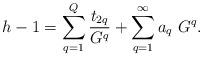
LaTeX: \begin{align*}h-1 = \sum_{q=1}^Q{t_{2 q}\over G^q} +\sum_{q=1}^{\infty}a_q~G^q.\end{align*}